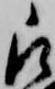
被